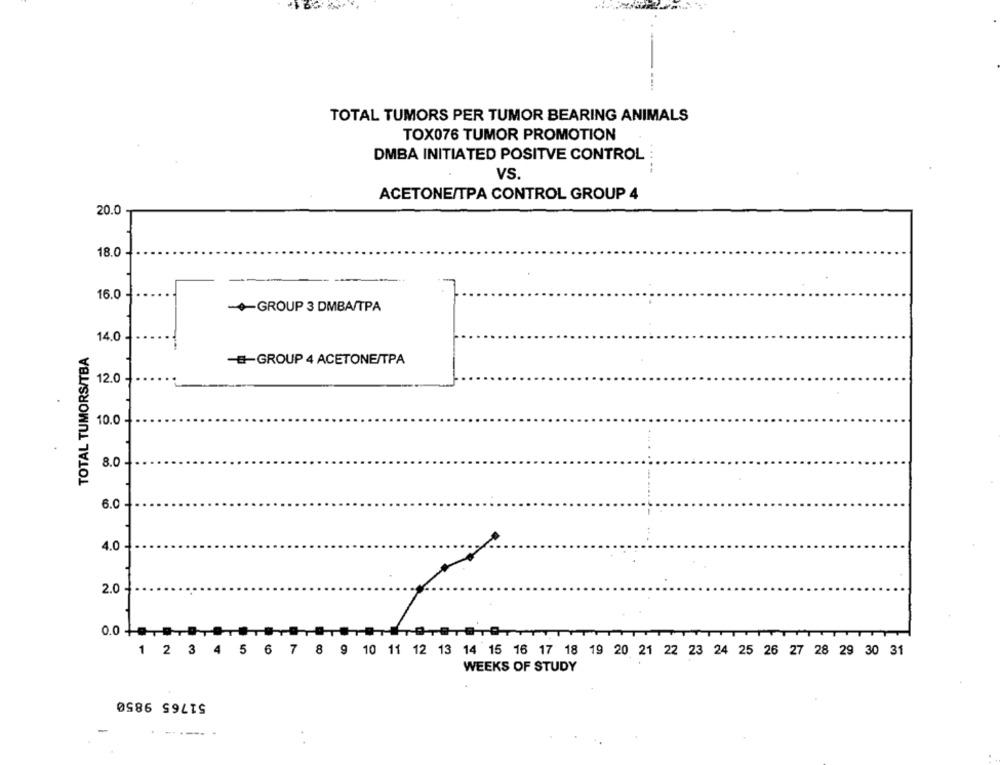
TOTAL TUMORS PER TUMOR BEARING ANIMALS
TOX076 TUMOR PROMOTION
DMBA INITIATED POSITVE CONTROL
VS.
ACETONE/TPA CONTROL GROUP 4
20.0
18.0
16.0
-GROUP 3 DMBA/TPA
14.0
TOTAL TUMORS/TBA
-#-GROUP 4 ACETONE/TPA
12.0
10.0
8.0.
6.0
4.0
2.0
0.0 +
1 2 3 4 5 6 7 8 9 10 11 12 13 14 15 16 17 18 19 20 21 22 23 24 25 26 27 28 29 30 31
WEEKS OF STUDY
51765 9850
-